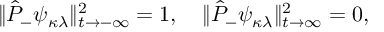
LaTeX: \| \hat { P } _ { - } \psi _ { \kappa \lambda } \| _ { t \rightarrow - \infty } ^ { 2 } = 1 , \quad \| \hat { P } _ { - } \psi _ { \kappa \lambda } \| _ { t \rightarrow \infty } ^ { 2 } = 0 ,